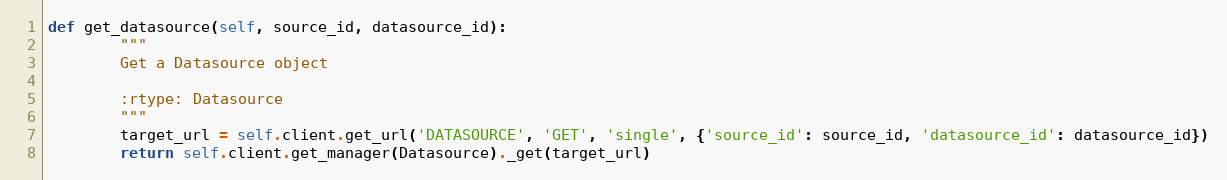
Language: Python
def get_datasource(self, source_id, datasource_id):
        """
        Get a Datasource object

        :rtype: Datasource
        """
        target_url = self.client.get_url('DATASOURCE', 'GET', 'single', {'source_id': source_id, 'datasource_id': datasource_id})
        return self.client.get_manager(Datasource)._get(target_url)